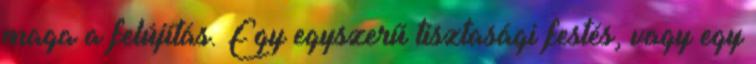
maga a felújítás. Egy egyszerű tisztasági festés, vagy egy